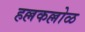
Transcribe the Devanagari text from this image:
हल्लकल्लोळ